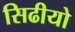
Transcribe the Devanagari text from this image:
सिढीयो